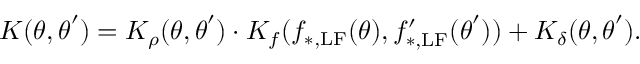
K ( \boldsymbol { \theta } , \boldsymbol { \theta } ^ { \prime } ) = K _ { \rho } ( \boldsymbol { \theta } , \boldsymbol { \theta } ^ { \prime } ) \cdot K _ { f } ( f _ { \mathrm { * , L F } } ( \boldsymbol { \theta } ) , f _ { \mathrm { * , L F } } ^ { \prime } ( \boldsymbol { \theta } ^ { \prime } ) ) + K _ { \delta } ( \boldsymbol { \theta } , \boldsymbol { \theta } ^ { \prime } ) .